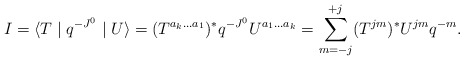
\begin{align*}I=\langle T\mid q^{-J^{0}}\mid U\rangle = (T^{a_{k}...a_{1}})^{\ast}q^{-J^{0}}U^{a_{1}...a_{k}}= \sum^{+j}_{m=-j} (T^{jm})^{\ast} U^{jm} q^{-m}.\end{align*}